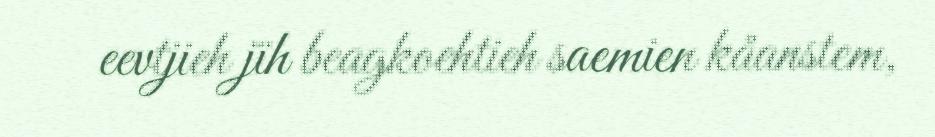
eevtjieh jïh beagkoehtieh saemien kåanstem,